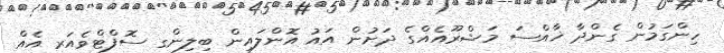
ހިންގަމުން ގެންދާ ޚާއްސަ މަޝްރޫއެއްގެ ދަށުން އައު އޮންލައިން ބިލިންގ ސޮފްޓްވެއަރ އެއް